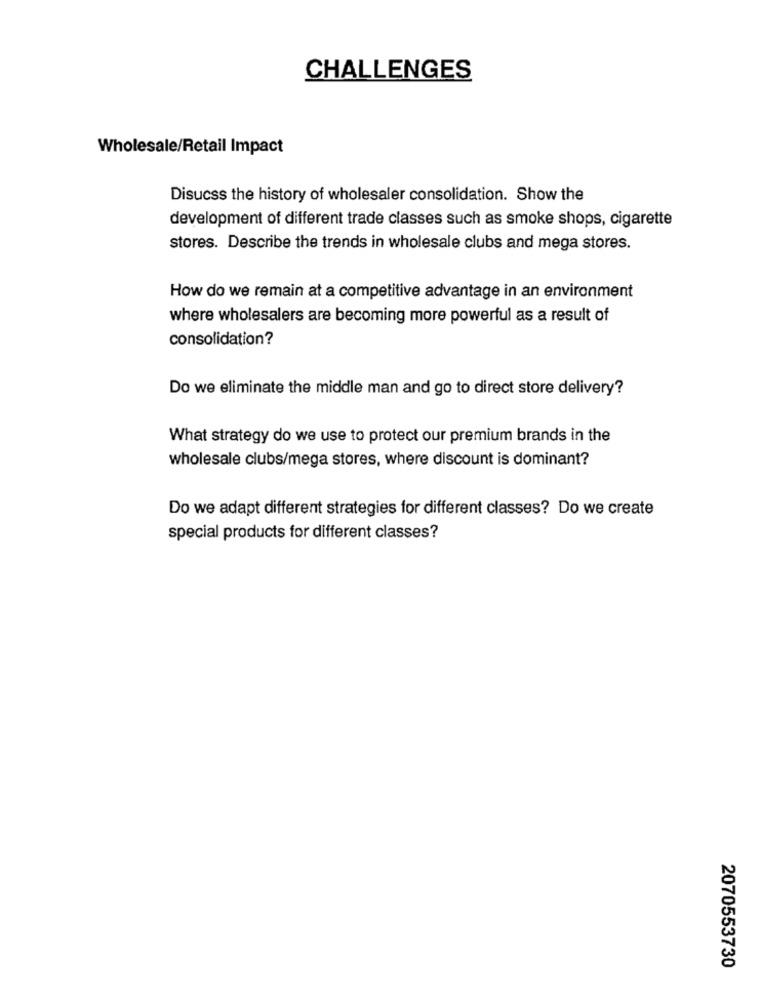
CHALLENGES
Wholesale/Retail Impact
Disucss the history of wholesaler consolidation. Show the
development of different trade classes such as smoke shops, cigarette
stores. Describe the trends in wholesale clubs and mega stores.
How do we remain at a competitive advantage in an environment
where wholesalers are becoming more powerful as a result of
consolidation?
Do we eliminate the middle man and go to direct store delivery?
What strategy do we use to protect our premium brands in the
wholesale clubs/mega stores, where discount is dominant?
Do we adapt different strategies for different classes? Do we create
special products for different classes?
2070553730